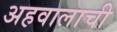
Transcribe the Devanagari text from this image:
अहवालाची